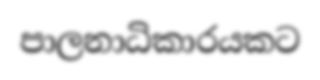
පාලනාධිකාරයකට